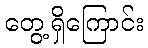
တွေ့ရှိကြောင်း